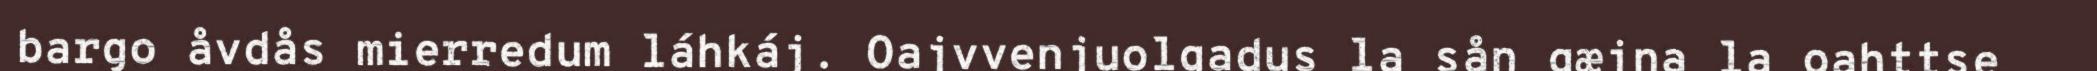
bargo åvdås mierredum láhkáj. Oajvvenjuolgadus la sån gæjna la oahttse